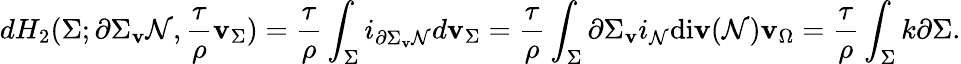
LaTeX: dH_{2}(\Sigma;\partial\Sigma_{\mathbf{v}}\mathcal{{N}},\frac{{\tau}}{{\rho}}\mathbf{v}_{\Sigma})=\frac{{\tau}}{{\rho}}\int_{\Sigma}i_{\partial\Sigma_{\mathbf{v}}\mathcal{{N}}}d\mathbf{v}_{\Sigma}=\frac{{\tau}}{{\rho}}\int_{\Sigma}\partial\Sigma_{\mathbf{v}}i_{\mathcal{{N}}}\mathrm{{di\mathbf{v}}}(\mathcal{{N}})\mathbf{v}_{\Omega}=\frac{{\tau}}{{\rho}}\int_{\Sigma}k\partial\Sigma.